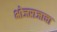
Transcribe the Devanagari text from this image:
भोजराजाचा